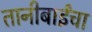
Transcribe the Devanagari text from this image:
तानीबाईंचा